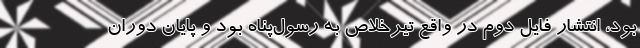
بود، انتشار فایل دوم در واقع تیرخلاص به رسول‌پناه بود و پایان دوران